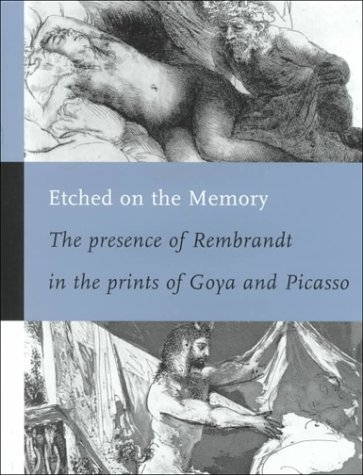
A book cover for Etched on the Memory-The presence of Rembrandt in the prints of Goya & Picasso; Isadora Rose-De Viejo; Arts & Photography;